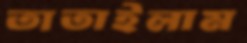
তাতাইলাম